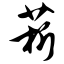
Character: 菥